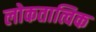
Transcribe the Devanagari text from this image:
लोकतात्विक